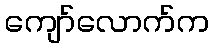
ကျော်လောက်က